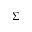
\Sigma